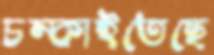
চম্‌কাইতেছে